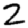
Digit: 2